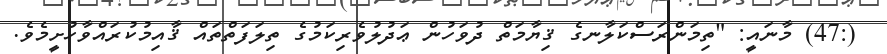
(:47) މާނައީ: "ތިމަންރަސްކަލާނގެ ޤިޔާމަތް ދުވަހުން ޢަދުލުވެރިކަމުގެ ތިލަފަތްތައް ޤާއިމުކުރައްވާހުށީމެވެ.